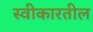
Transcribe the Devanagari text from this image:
स्वीकारतील